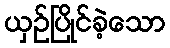
ယှဉ်ပြိုင်ခဲ့သော